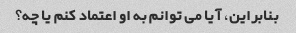
بنابراین، آیا می توانم به او اعتماد کنم یا چه؟